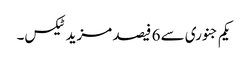
یکم جنوری سے 6 فیصد مزید ٹیکس۔